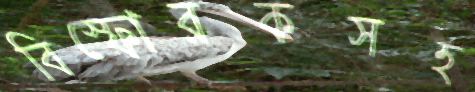
বিস্ফোরকসহ